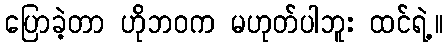
ပြောခဲ့တာ ဟိုဘဝက မဟုတ်ပါဘူး ထင်ရဲ့။